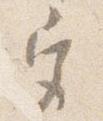
宮